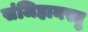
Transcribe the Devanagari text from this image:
संजिहानस्तु